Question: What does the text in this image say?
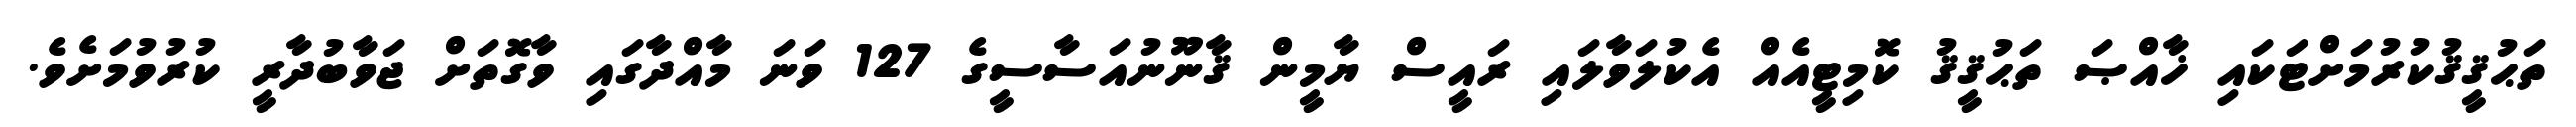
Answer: ތަޙުޤީޤުކުރުމަށްޓަކައި ޚާއްޞަ ތަޙުޤީޤު ކޮމިޓީއެއް އެކުލަވާލައި ރައީސް ޔާމީން ޤާނޫނުއަސާސީގެ 127 ވަނަ މާއްދާގައި ވާގޮތަށް ޖަވާބުދާރީ ކުރުވުމަށެވެ.